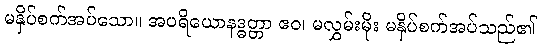
မနှိပ်စက်အပ်သော။ အပရိယောနဒ္ဓတ္တာ ဧဝ၊ မလွှမ်းမိုး မနှိပ်စက်အပ်သည်၏